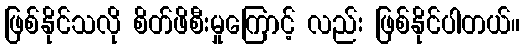
ဖြစ်နိုင်သလို စိတ်ဖိစီးမှုကြောင့် လည်း ဖြစ်နိုင်ပါတယ်။